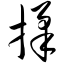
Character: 揉